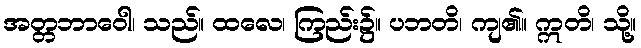
အတ္တဘာဝေါ၊ သည်။ ထလေ၊ ကြည်း၌။ ပဘတိ၊ ကျ၏။ ဣတိ၊ သို့။